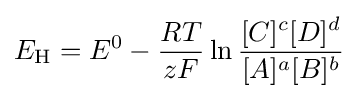
E_{\text{H}}=E^{0}-{\frac {RT}{zF}}\ln {\frac {[C]^{c}[D]^{d}}{[A]^{a}[B]^{b}}}